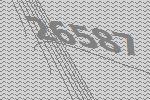
26587